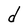
Character: d